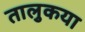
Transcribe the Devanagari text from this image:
तालुकया